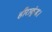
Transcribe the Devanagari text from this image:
हीराकुंड।